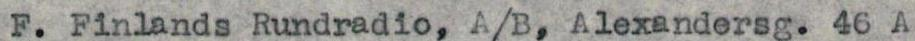
F. Finlands Rundradio, A/B, Alexandersg. 46 A